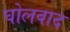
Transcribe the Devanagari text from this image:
घोलवाद